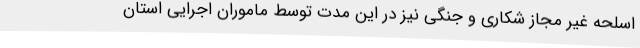
اسلحه غیر مجاز شکاری و جنگی نیز در این مدت توسط ماموران اجرایی استان